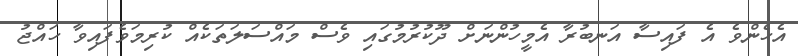
އެހެންވެ އެ ފައިސާ އަނބުރާ އެމީހުންނަށް ދޫކުރުމުގައި ވެސް މައްސަލަތަކެއް ކުރިމަވެފައިވާ ހައްޖު